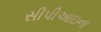
સીપીઆઇના